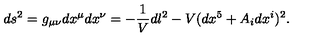
d s ^ { 2 } = g _ { \mu \nu } d x ^ { \mu } d x ^ { \nu } = - \frac { 1 } { V } d l ^ { 2 } - V ( d x ^ { 5 } + A _ { i } d x ^ { i } ) ^ { 2 } .